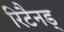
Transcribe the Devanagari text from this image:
रिटैनड्